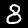
Label: 8